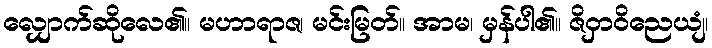
လျှောက်ဆိုလေ၏။ မဟာရာဇ၊ မင်းမြတ်။ အာမ၊ မှန်ပါ၏။ ဇိဝှာဝိညေယျံ၊